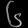
Digit: ၆